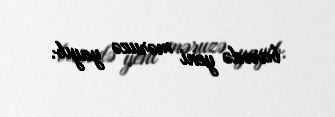
barədə yeni məruzə yayıb.